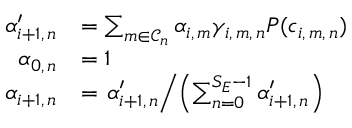
\begin{array} { r l } { \alpha _ { i + 1 , \, n } ^ { \prime } } & { = \sum _ { m \in \mathscr { C } _ { n } } \alpha _ { i , \, m } \gamma _ { i , \, m , \, n } P ( c _ { i , \, m , \, n } ) } \\ { \alpha _ { 0 , \, n } } & { = 1 } \\ { \alpha _ { i + 1 , \, n } } & { = \left. \alpha _ { i + 1 , \, n } ^ { \prime } \middle / \left( \sum _ { n = 0 } ^ { S _ { E } - 1 } \alpha _ { i + 1 , \, n } ^ { \prime } \right) \right. } \end{array}